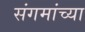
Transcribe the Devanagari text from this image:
संगमांच्या